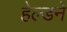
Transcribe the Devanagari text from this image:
हेल्डने